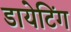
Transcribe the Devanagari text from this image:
डायेटिंग